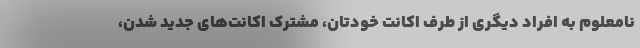
نامعلوم به افراد دیگری از طرف اکانت خودتان، مشترک اکانت‌های جدید شدن،